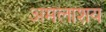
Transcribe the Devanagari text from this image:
अमलाशय